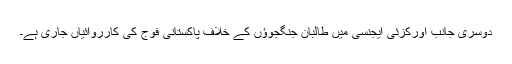
دوسری جانب اورکزئی ایجنسی میں طالبان جنگجوؤں کے خلاف پاکستانی فوج کی کارروائیاں جاری ہے۔